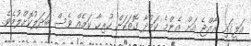
އަލީގައި ރާއްޖެ އަށް އެންމެ ކަމުދާ ގޮތަކަށް ހުރިހާ ކަމެއް ވެސް ބަދަލުކޮށްލުމެވެ.